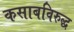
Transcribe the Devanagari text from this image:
कसाबविरुद्ध